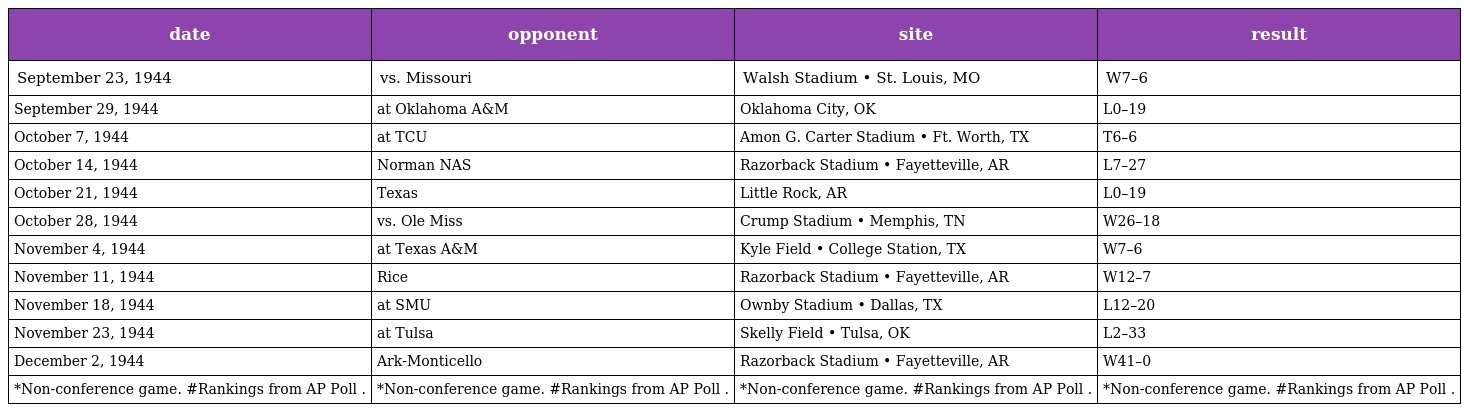
| date | opponent | site | result |
 | --- | --- | --- | --- |
 | September 23, 1944 | vs. Missouri | Walsh Stadium • St. Louis, MO | W7–6 |
 | September 29, 1944 | at Oklahoma A&M | Oklahoma City, OK | L0–19 |
 | October 7, 1944 | at TCU | Amon G. Carter Stadium • Ft. Worth, TX | T6–6 |
 | October 14, 1944 | Norman NAS | Razorback Stadium • Fayetteville, AR | L7–27 |
 | October 21, 1944 | Texas | Little Rock, AR | L0–19 |
 | October 28, 1944 | vs. Ole Miss | Crump Stadium • Memphis, TN | W26–18 |
 | November 4, 1944 | at Texas A&M | Kyle Field • College Station, TX | W7–6 |
 | November 11, 1944 | Rice | Razorback Stadium • Fayetteville, AR | W12–7 |
 | November 18, 1944 | at SMU | Ownby Stadium • Dallas, TX | L12–20 |
 | November 23, 1944 | at Tulsa | Skelly Field • Tulsa, OK | L2–33 |
 | December 2, 1944 | Ark-Monticello | Razorback Stadium • Fayetteville, AR | W41–0 |
 | *Non-conference game. #Rankings from AP Poll . | *Non-conference game. #Rankings from AP Poll . | *Non-conference game. #Rankings from AP Poll . | *Non-conference game. #Rankings from AP Poll . |